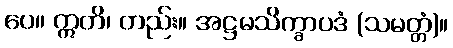
ပေ။ ဣတိ၊ တည်း။ အဋ္ဌမသိက္ခာပဒံ (သမတ္တံ)။